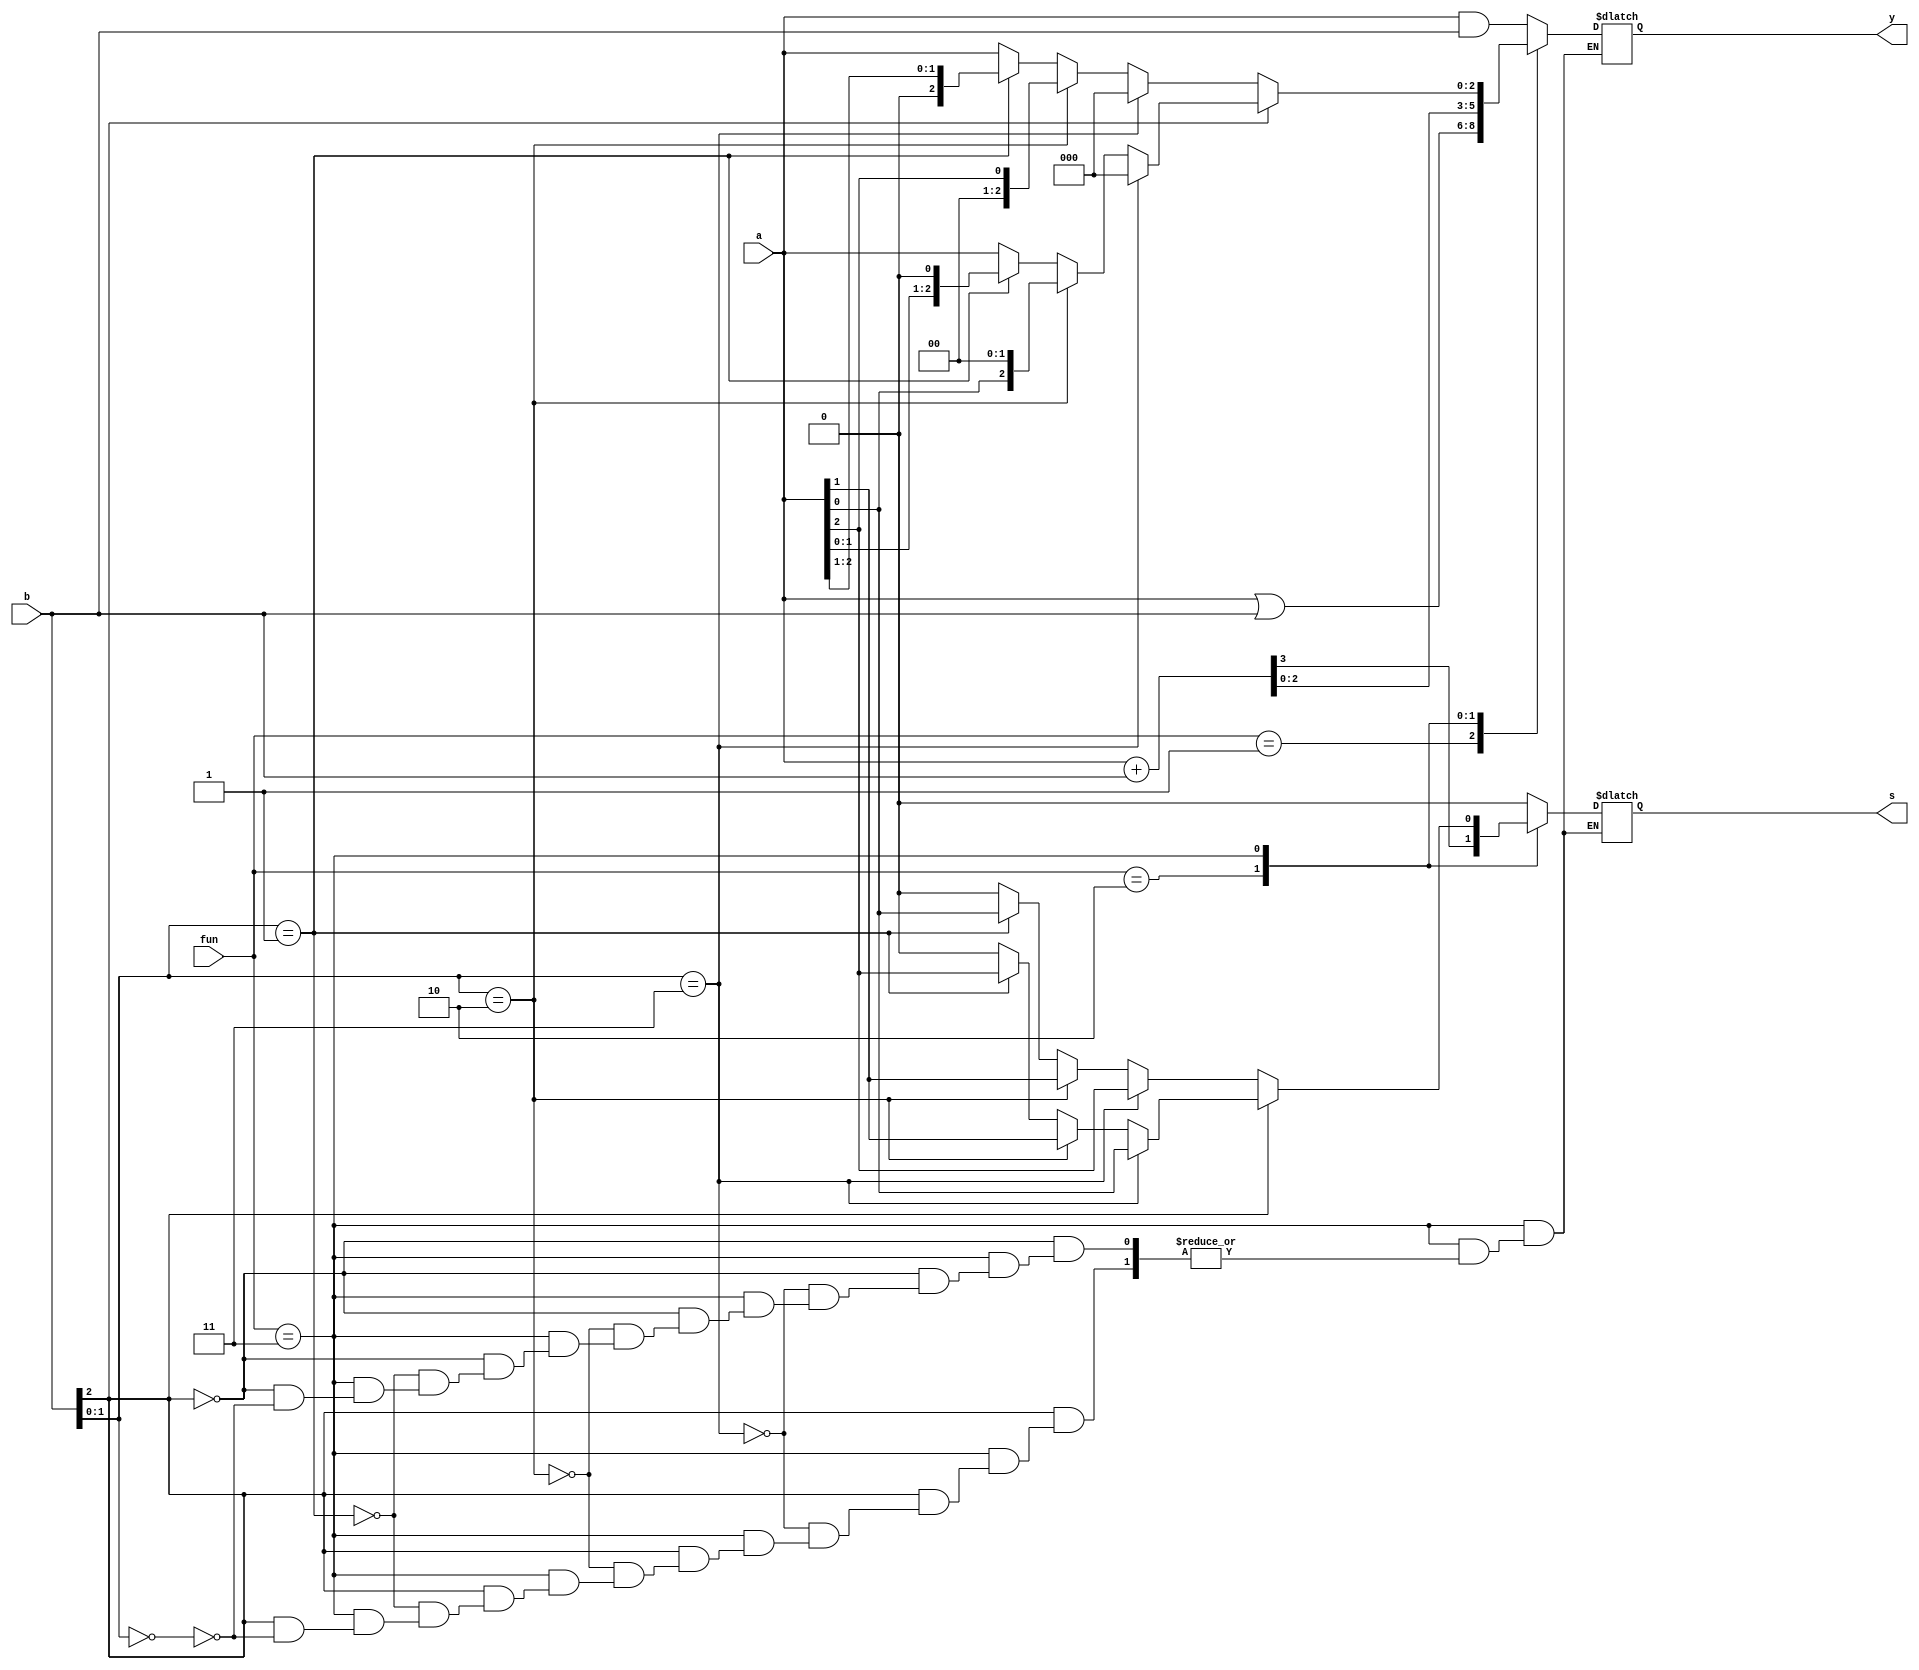
`timescale 1ns / 1ps
//////////////////////////////////////////////////////////////////////////////////
// Company: 
// Engineer: 
// 
// Design Name: 
// Module Name: Q1
// Project Name: 
// Target Devices: 
// Tool Versions: 
// Description: 
// 
// Dependencies: 
// 
// Revision:
// Revision 0.01 - File Created
// Additional Comments:
// 
//////////////////////////////////////////////////////////////////////////////////


module Q1(
   input  [2:0] a,b, 
   input  [1:0] fun, 
   output reg s, 
   output reg [2:0] y
 ); 
  
  always@(*) begin  
    case(fun)    
      2'b00: begin s = 0; y = a & b; end         
      2'b01: begin s = 0; y = a | b; end         
      2'b10: begin {s,y} = a + b; end         
      2'b11:  begin             //         
        if(b[2]==1)begin
           if(b[1:0]==2'b00) begin
             y=a;s=0;
           end
           if(b[1:0]==2'b01) begin
             y=a<<2'b1;s=a[2];
           end
           if(b[1:0]==2'b10) begin
             y=a<<2;s=a[1];
           end
           if(b[1:0]==2'b11) begin
             y=a<<3;s=a[0];
           end
         end
        
        else begin
           if(b[1:0]==2'b00) begin
             y=a;s=0;
           end
           if(b[1:0]==2'b01) begin
             y=a>>1;s=a[0];
           end
           if(b[1:0]==2'b10) begin
             y=a>>2;s=a[1];
           end
           if(b[1:0]==2'b11) begin
             y=a>>3;s=a[2];
           end
        end
      end         
      default: begin s = 0; y = 0; end     
    endcase 
  end 

endmodule